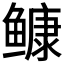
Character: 𩾌